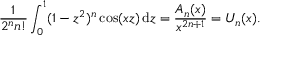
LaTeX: { \frac { 1 } { 2 ^ { n } n ! } } \int _ { 0 } ^ { 1 } ( 1 - z ^ { 2 } ) ^ { n } \cos ( x z ) \, \mathrm { d } z = { \frac { A _ { n } ( x ) } { x ^ { 2 n + 1 } } } = U _ { n } ( x ) .